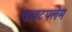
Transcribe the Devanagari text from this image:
चावटपलेम